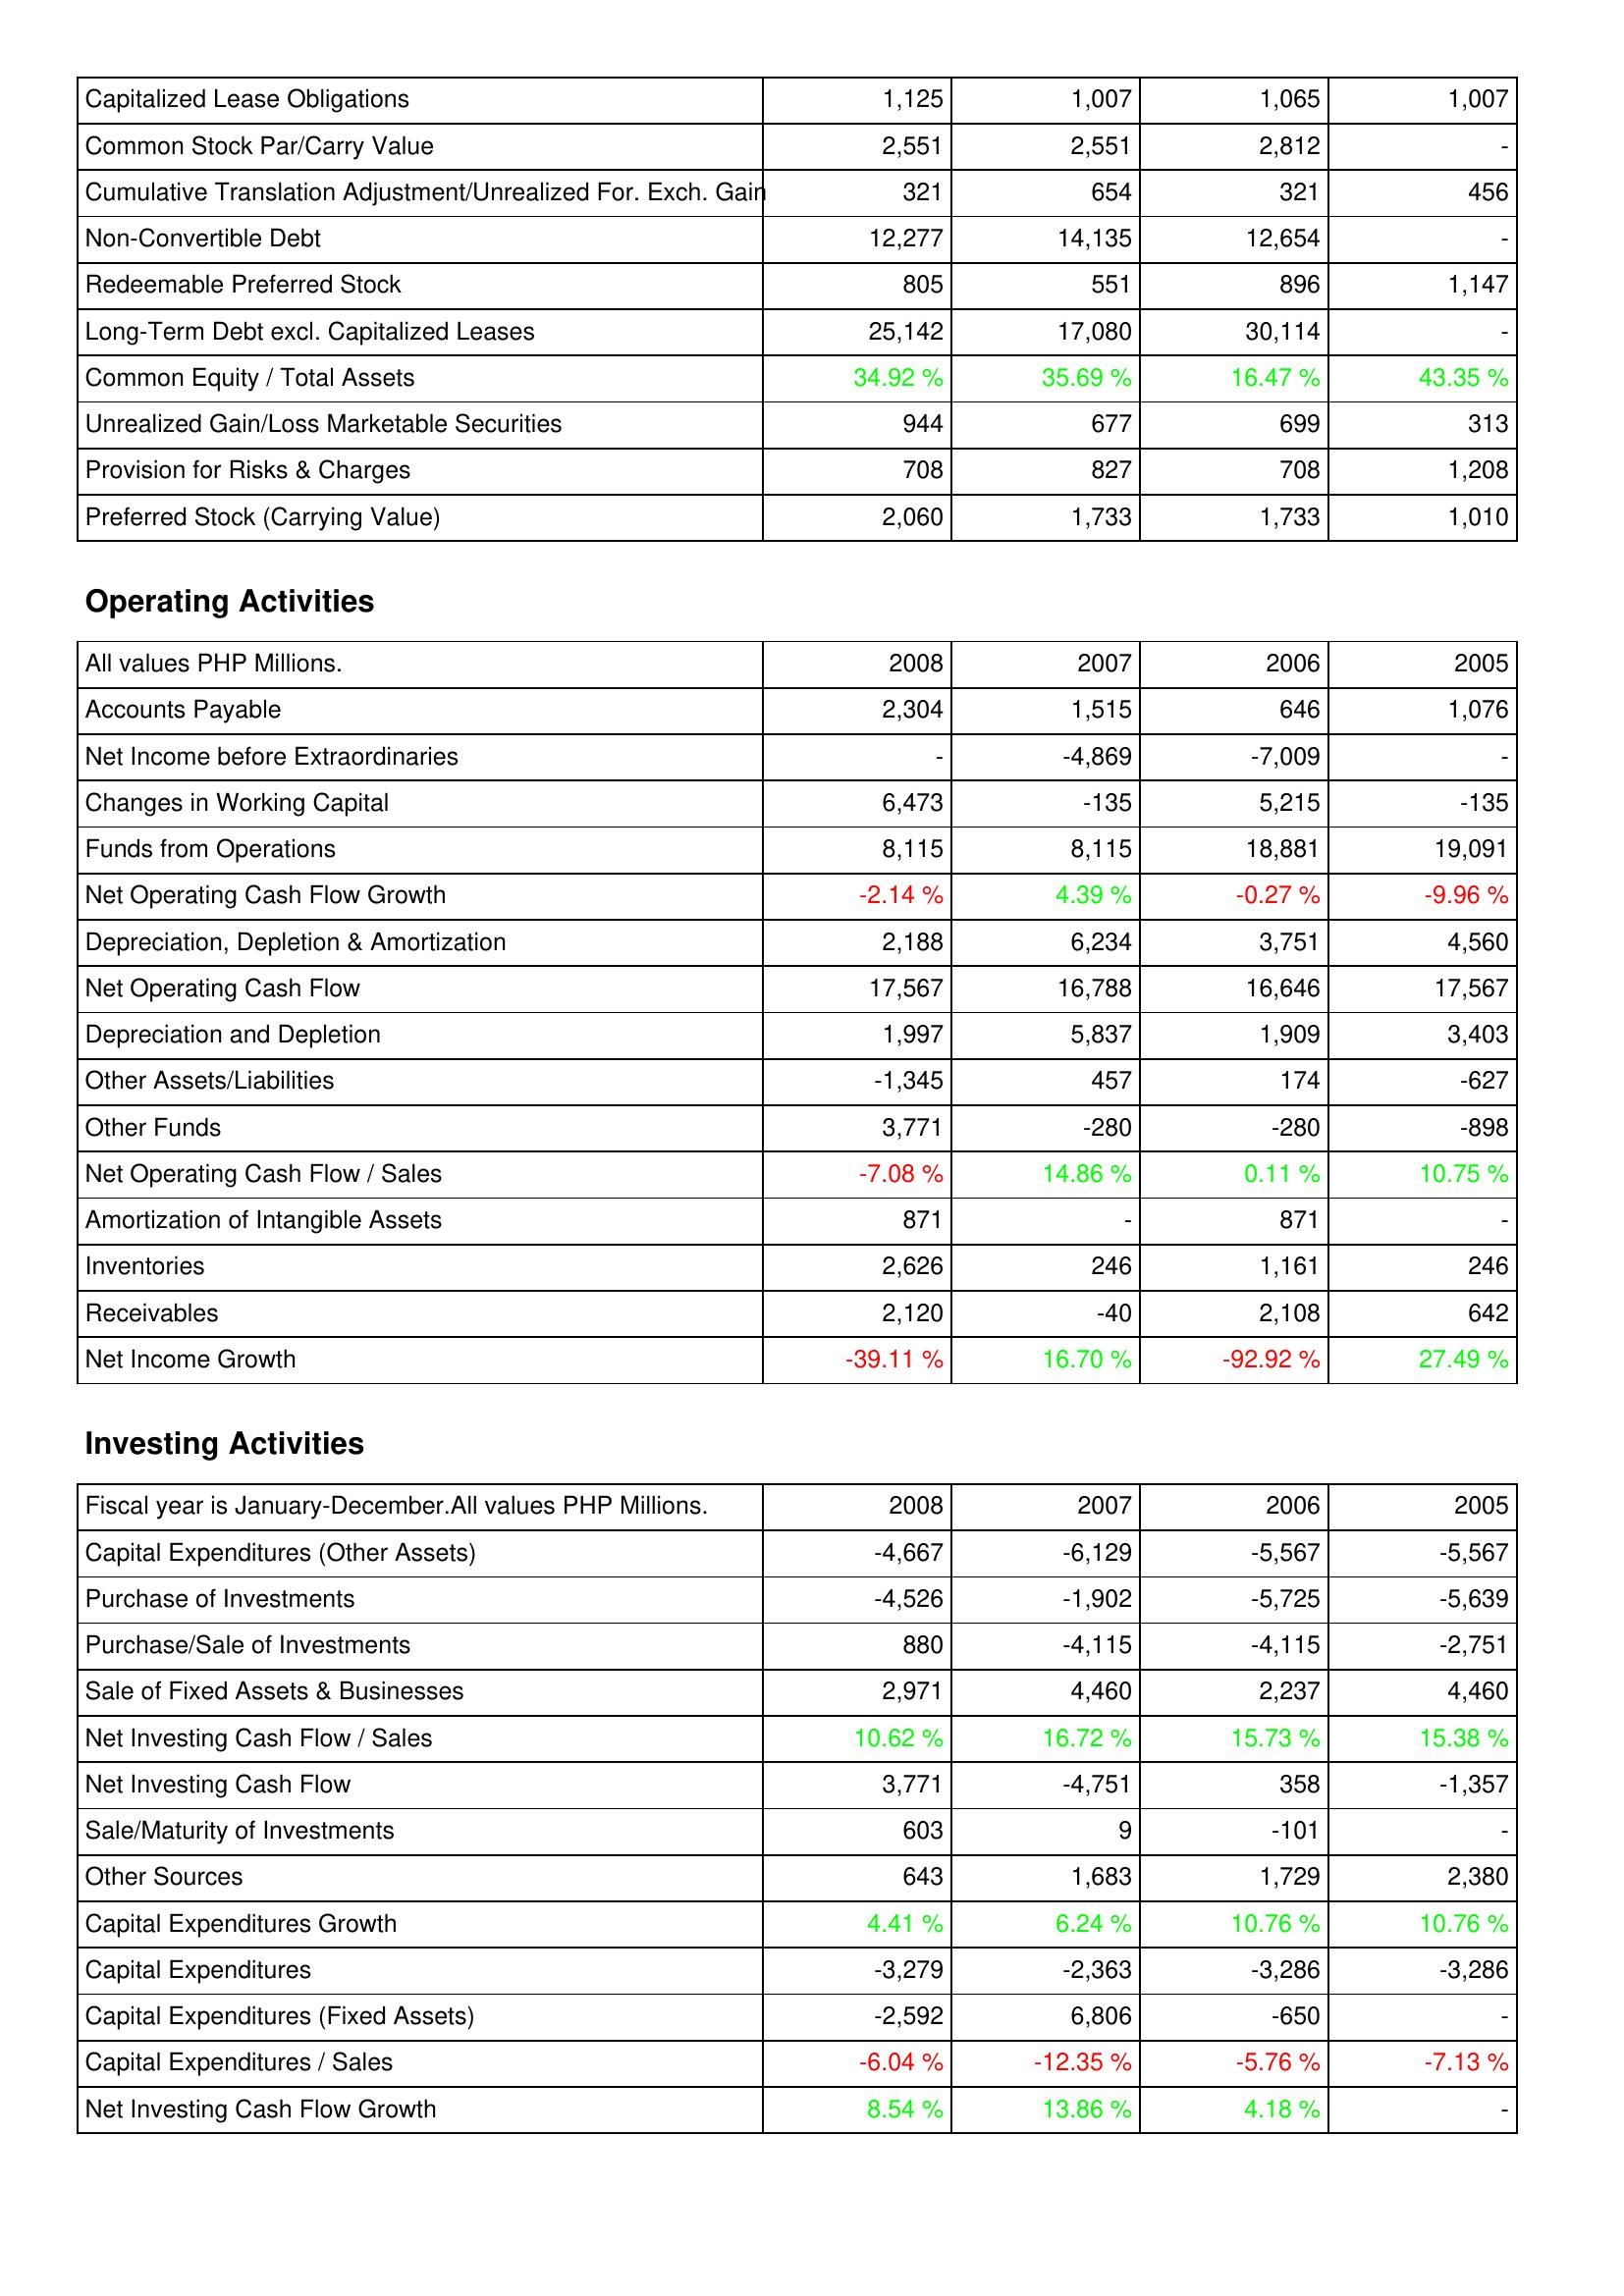
2008: Liabilities & Shareholders' Equity: Capitalized Lease Obligations: 1,125
Common Stock Par/Carry Value: 2,551
Cumulative Translation Adjustment/Unrealized For. Exch. Gain: 321
Non-Convertible Debt: 12,277
Redeemable Preferred Stock: 805
Long-Term Debt excl. Capitalized Leases: 25,142
Common Equity / Total Assets: 34.92 %
Unrealized Gain/Loss Marketable Securities: 944
Provision for Risks & Charges: 708
Preferred Stock (Carrying Value): 2,060
Operating Activities: Accounts Payable: 2,304
Net Income before Extraordinaries: -
Changes in Working Capital: 6,473
Funds from Operations: 8,115
Net Operating Cash Flow Growth: -2.14 %
Depreciation, Depletion & Amortization: 2,188
Net Operating Cash Flow: 17,567
Depreciation and Depletion: 1,997
Other Assets/Liabilities: -1,345
Other Funds: 3,771
Net Operating Cash Flow / Sales: -7.08 %
Amortization of Intangible Assets: 871
Inventories: 2,626
Receivables: 2,120
Net Income Growth: -39.11 %
Investing Activities: Capital Expenditures (Other Assets): -4,667
Purchase of Investments: -4,526
Purchase/Sale of Investments: 880
Sale of Fixed Assets & Businesses: 2,971
Net Investing Cash Flow / Sales: 10.62 %
Net Investing Cash Flow: 3,771
Sale/Maturity of Investments: 603
Other Sources: 643
Capital Expenditures Growth: 4.41 %
Capital Expenditures: -3,279
Capital Expenditures (Fixed Assets): -2,592
Capital Expenditures / Sales: -6.04 %
Net Investing Cash Flow Growth: 8.54 %
2007: Liabilities & Shareholders' Equity: Capitalized Lease Obligations: 1,007
Common Stock Par/Carry Value: 2,551
Cumulative Translation Adjustment/Unrealized For. Exch. Gain: 654
Non-Convertible Debt: 14,135
Redeemable Preferred Stock: 551
Long-Term Debt excl. Capitalized Leases: 17,080
Common Equity / Total Assets: 35.69 %
Unrealized Gain/Loss Marketable Securities: 677
Provision for Risks & Charges: 827
Preferred Stock (Carrying Value): 1,733
Operating Activities: Accounts Payable: 1,515
Net Income before Extraordinaries: -4,869
Changes in Working Capital: -135
Funds from Operations: 8,115
Net Operating Cash Flow Growth: 4.39 %
Depreciation, Depletion & Amortization: 6,234
Net Operating Cash Flow: 16,788
Depreciation and Depletion: 5,837
Other Assets/Liabilities: 457
Other Funds: -280
Net Operating Cash Flow / Sales: 14.86 %
Amortization of Intangible Assets: -
Inventories: 246
Receivables: -40
Net Income Growth: 16.70 %
Investing Activities: Capital Expenditures (Other Assets): -6,129
Purchase of Investments: -1,902
Purchase/Sale of Investments: -4,115
Sale of Fixed Assets & Businesses: 4,460
Net Investing Cash Flow / Sales: 16.72 %
Net Investing Cash Flow: -4,751
Sale/Maturity of Investments: 9
Other Sources: 1,683
Capital Expenditures Growth: 6.24 %
Capital Expenditures: -2,363
Capital Expenditures (Fixed Assets): 6,806
Capital Expenditures / Sales: -12.35 %
Net Investing Cash Flow Growth: 13.86 %
2006: Liabilities & Shareholders' Equity: Capitalized Lease Obligations: 1,065
Common Stock Par/Carry Value: 2,812
Cumulative Translation Adjustment/Unrealized For. Exch. Gain: 321
Non-Convertible Debt: 12,654
Redeemable Preferred Stock: 896
Long-Term Debt excl. Capitalized Leases: 30,114
Common Equity / Total Assets: 16.47 %
Unrealized Gain/Loss Marketable Securities: 699
Provision for Risks & Charges: 708
Preferred Stock (Carrying Value): 1,733
Operating Activities: Accounts Payable: 646
Net Income before Extraordinaries: -7,009
Changes in Working Capital: 5,215
Funds from Operations: 18,881
Net Operating Cash Flow Growth: -0.27 %
Depreciation, Depletion & Amortization: 3,751
Net Operating Cash Flow: 16,646
Depreciation and Depletion: 1,909
Other Assets/Liabilities: 174
Other Funds: -280
Net Operating Cash Flow / Sales: 0.11 %
Amortization of Intangible Assets: 871
Inventories: 1,161
Receivables: 2,108
Net Income Growth: -92.92 %
Investing Activities: Capital Expenditures (Other Assets): -5,567
Purchase of Investments: -5,725
Purchase/Sale of Investments: -4,115
Sale of Fixed Assets & Businesses: 2,237
Net Investing Cash Flow / Sales: 15.73 %
Net Investing Cash Flow: 358
Sale/Maturity of Investments: -101
Other Sources: 1,729
Capital Expenditures Growth: 10.76 %
Capital Expenditures: -3,286
Capital Expenditures (Fixed Assets): -650
Capital Expenditures / Sales: -5.76 %
Net Investing Cash Flow Growth: 4.18 %
2005: Liabilities & Shareholders' Equity: Capitalized Lease Obligations: 1,007
Common Stock Par/Carry Value: -
Cumulative Translation Adjustment/Unrealized For. Exch. Gain: 456
Non-Convertible Debt: -
Redeemable Preferred Stock: 1,147
Long-Term Debt excl. Capitalized Leases: -
Common Equity / Total Assets: 43.35 %
Unrealized Gain/Loss Marketable Securities: 313
Provision for Risks & Charges: 1,208
Preferred Stock (Carrying Value): 1,010
Operating Activities: Accounts Payable: 1,076
Net Income before Extraordinaries: -
Changes in Working Capital: -135
Funds from Operations: 19,091
Net Operating Cash Flow Growth: -9.96 %
Depreciation, Depletion & Amortization: 4,560
Net Operating Cash Flow: 17,567
Depreciation and Depletion: 3,403
Other Assets/Liabilities: -627
Other Funds: -898
Net Operating Cash Flow / Sales: 10.75 %
Amortization of Intangible Assets: -
Inventories: 246
Receivables: 642
Net Income Growth: 27.49 %
Investing Activities: Capital Expenditures (Other Assets): -5,567
Purchase of Investments: -5,639
Purchase/Sale of Investments: -2,751
Sale of Fixed Assets & Businesses: 4,460
Net Investing Cash Flow / Sales: 15.38 %
Net Investing Cash Flow: -1,357
Sale/Maturity of Investments: -
Other Sources: 2,380
Capital Expenditures Growth: 10.76 %
Capital Expenditures: -3,286
Capital Expenditures (Fixed Assets): -
Capital Expenditures / Sales: -7.13 %
Net Investing Cash Flow Growth: -